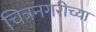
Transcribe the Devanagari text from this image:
चित्रनगरीच्या